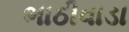
ભાઠીવાડા